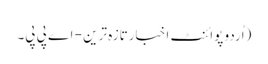
(اُردو پوائنٹ اخبارتازہ ترین - اے پی پی۔